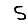
Digit: 5